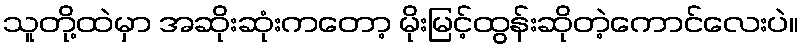
သူတို့ထဲမှာ အဆိုးဆုံးကတော့ မိုးမြင့်ထွန်းဆိုတဲ့ကောင်လေးပဲ။